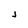
Character: j